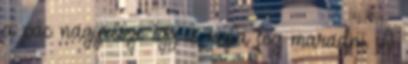
a pác nagyrésze így is rajta fog maradni. A